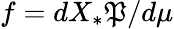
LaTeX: f=dX_{*}\mathfrak{P}/d\mu